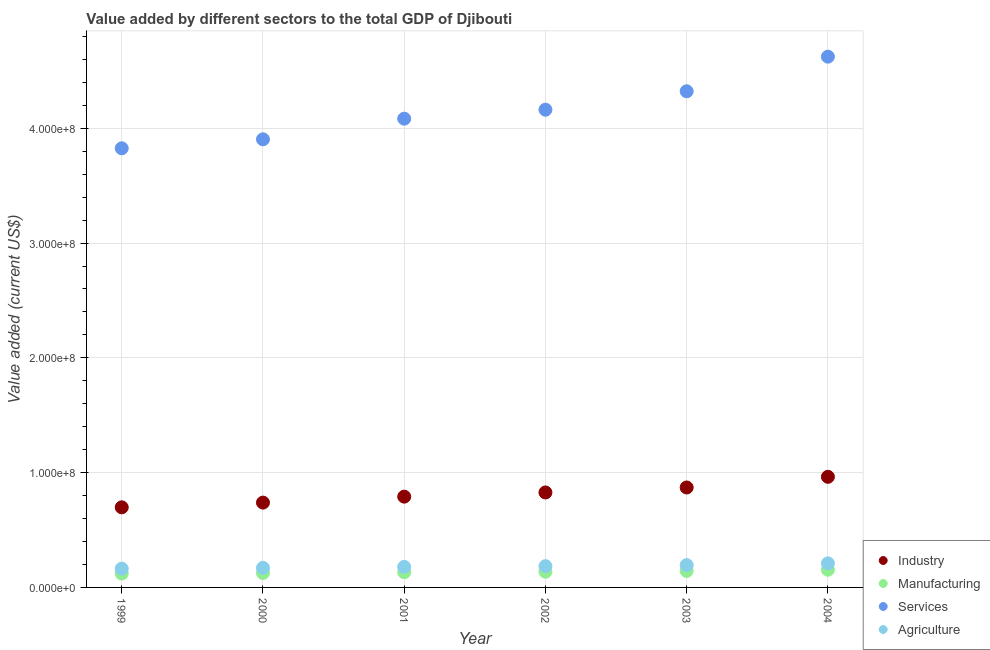
| Year | Industry | Manufacturing | Services | Agriculture |
 | --- | --- | --- | --- | --- |
 | 1999 | 6.98e+07 | 1.21e+07 | 3.83e+08 | 1.64e+07 |
 | 2000 | 7.39e+07 | 1.26e+07 | 3.9e+08 | 1.71e+07 |
 | 2001 | 7.91e+07 | 1.32e+07 | 4.08e+08 | 1.79e+07 |
 | 2002 | 8.27e+07 | 1.37e+07 | 4.16e+08 | 1.85e+07 |
 | 2003 | 8.71e+07 | 1.44e+07 | 4.32e+08 | 1.95e+07 |
 | 2004 | 9.64e+07 | 1.54e+07 | 4.62e+08 | 2.1e+07 |